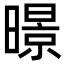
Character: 暻